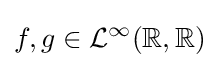
f,g\in {\mathcal {L}}^{\infty }(\mathbb {R} ,\mathbb {R} )